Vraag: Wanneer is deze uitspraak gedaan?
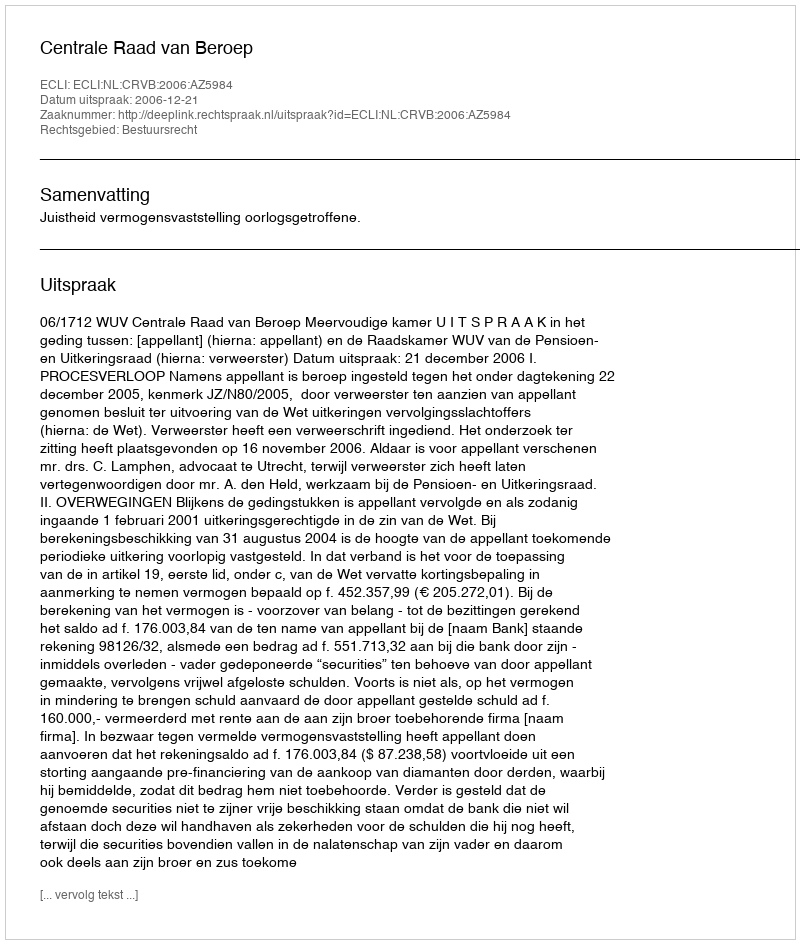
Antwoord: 2006-12-21